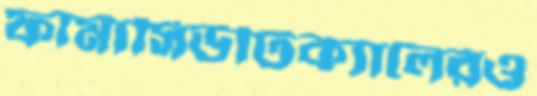
ফার্মাসিউটিক্যালেরও